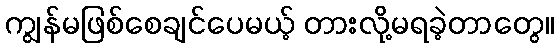
ကျွန်မဖြစ်စေချင်ပေမယ့် တားလို့မရခဲ့တာတွေ။